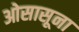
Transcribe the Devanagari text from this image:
ओसासूना